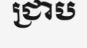
ជ្រាប